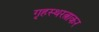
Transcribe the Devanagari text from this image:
गृहस्थरत्नाकर